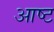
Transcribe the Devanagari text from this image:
आष्ट